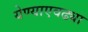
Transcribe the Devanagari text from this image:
येण्याएवढ्या